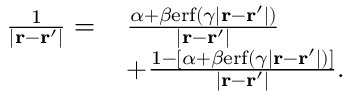
\begin{array} { r l } { \frac { 1 } { | \mathbf { r } - \mathbf { r } ^ { \prime } | } = \, } & { \frac { \alpha + \beta \mathrm { e r f } ( \gamma | \mathbf { r } - \mathbf { r } ^ { \prime } | ) } { | \mathbf { r } - \mathbf { r } ^ { \prime } | } } \\ & { + \frac { 1 - [ \alpha + \beta \mathrm { e r f } ( \gamma | \mathbf { r } - \mathbf { r } ^ { \prime } | ) ] } { | \mathbf { r } - \mathbf { r } ^ { \prime } | } . } \end{array}